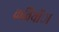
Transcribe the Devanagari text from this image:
कवियोंा